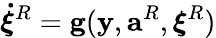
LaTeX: \boldsymbol{\dot{\xi}}^{R}=\mathbf{g}(\mathbf{y},\mathbf{a}^{R},\boldsymbol{{\xi}}^{R})